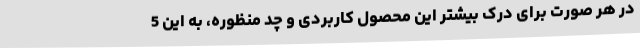
در هر صورت برای درک بیشتر این محصول کاربردی و چد منظوره، به این 5